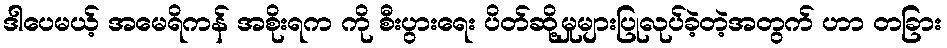
ဒါပေမယ့် အမေရိကန် အစိုးရက ကို စီးပွားရေး ပိတ်ဆို့မှုများပြုလုပ်ခဲ့တဲ့အတွက် ဟာ တခြား